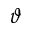
\vartheta